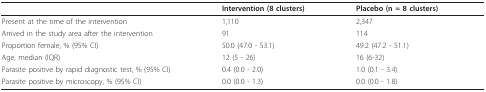
<table><thead><tr><td></td><td><b>Intervention (8 clusters)</b></td><td><b>Placebo (n = 8 clusters)</b></td></tr></thead><tbody><tr><td>Present at the time of the intervention</td><td>1,110</td><td>2,347</td></tr><tr><td>Arrived in the study area after the intervention</td><td>91</td><td>114</td></tr><tr><td>Proportion female, % (95% CI)</td><td>50.0 (47.0 - 53.1)</td><td>49.2 (47.2 - 51.1)</td></tr><tr><td>Age, median (IQR)</td><td>12 (5 - 26)</td><td>16 (6-32)</td></tr><tr><td>Parasite positive by rapid diagnostic test, % (95% CI)</td><td>0.4 (0.0 - 2.0)</td><td>1.0 (0.1 - 3.4)</td></tr><tr><td>Parasite positive by microscopy, % (95% CI)</td><td>0.0 (0.0 - 1.3)</td><td>0.0 (0.0 - 1.8)</td></tr></tbody></table>